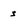
Character: s